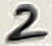
Text: 2